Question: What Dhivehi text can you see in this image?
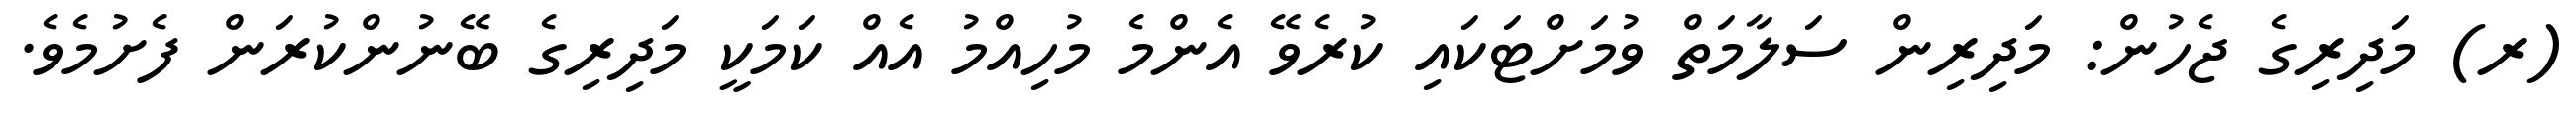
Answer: (ރ) މަދިރިގެ ޖެހުން: މަދިރިން ސަލާމަތް ވުމަށްޓަކައި ކުރެވޭ އެންމެ މުހިއްމު އެއް ކަމަކީ މަދިރިގެ ބޭނުންކުރަން ފެށުމެވެ.